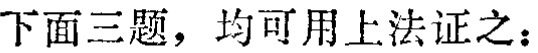
下面三题，均可用上法证之：